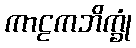
ကာဠကဘိက္ခုံ